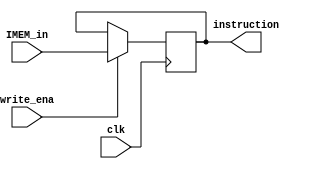
//IR Saver HI LO Z 
//

module IRReg(
	input clk,
	input write_ena,
	input [31:0]IMEM_in,
	output [31:0]instruction
);
	reg [31:0]instruction_reg = 32'b0;
	always @(negedge clk) begin
		if(write_ena) begin
			instruction_reg <= IMEM_in;
		end else begin
			instruction_reg <= instruction_reg;
		end
	end

	assign instruction = instruction_reg;
endmodule

module SaverReg(
	input clk,
	input write_ena,
	input [31:0]in,
	output [31:0]out
);
	reg [31:0]out_reg = 32'b0;
	always @(negedge clk) begin
		if(write_ena) begin
			out_reg <= in;
		end else begin
			out_reg <= out_reg;
		end
	end

	assign out = out_reg;
endmodule

module HIReg(
	input clk,
	input write_ena,
	input [31:0]in,
	output [31:0]out
);
	reg [31:0]out_reg = 32'b0;
	always @(negedge clk) begin
		if(write_ena) begin
			out_reg <= in;
		end else begin
			out_reg <= out_reg;
		end
	end

	assign out = out_reg;
endmodule

module LOReg(
	input clk,
	input write_ena,
	input [31:0]in,
	output [31:0]out
);
	reg [31:0]out_reg = 32'b0;
	always @(negedge clk) begin
		if(write_ena) begin
			out_reg <= in;
		end else begin
			out_reg <= out_reg;
		end
	end

	assign out = out_reg;
endmodule

module ZReg(
	input clk,
	input write_ena,
	input [31:0]in,
	output [31:0]out
);
	reg [31:0]out_reg = 32'b0;
	always @(negedge clk) begin
		if(write_ena) begin
			out_reg <= in;
		end else begin
			out_reg <= out_reg;
		end
	end

	assign out = out_reg;
endmodule